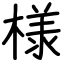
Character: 様